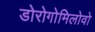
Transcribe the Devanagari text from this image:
डोरोगोमिलोवो